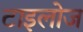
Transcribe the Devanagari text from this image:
टाइलोज